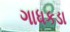
ગાધકડા